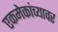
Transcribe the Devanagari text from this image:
एकमेकांच्यावर